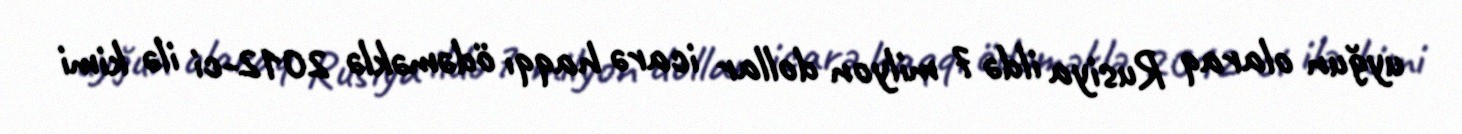
uyğun olaraq Rusiya ildə 7 milyon dollar icarə haqqı ödəməklə 2012-ci ilə kimi